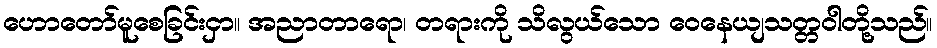
ဟောတော်မူစေခြင်းငှာ။ အညာတာရော၊ တရားကို သိလွယ်သော ဝေနေယျသတ္တဝါတို့သည်။